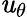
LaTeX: \mathit{u}_{\theta}